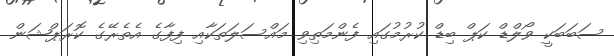
ސަބަބަކީ ވޯލްޑް ކަޕް ބިޑް ކުރުމުގައި ފެންމަތިވި މައްސަލަތަކާއި ފިފާގެ އެތެރޭގެ ކޮރަޕްޝަން